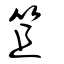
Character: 笡